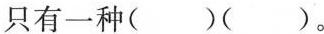
只有一种()()。